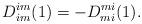
LaTeX: \begin{align*}D^{im}_{im}(1)=-D^{mi}_{mi}(1).\end{align*}